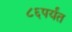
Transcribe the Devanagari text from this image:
८६पर्यंत